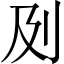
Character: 𠚵